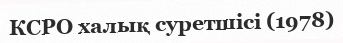
КСРО халық суретшісі (1978)